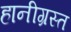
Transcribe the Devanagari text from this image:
हानीग्रस्त